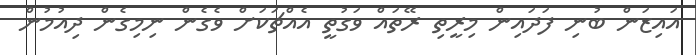
އައިޒަން ބުނި ފަދައިން މިރީތި ރޭތައް ވަގުތީ އެއްޗަކަށް ވެގެން ނިމިގެން ދިއުމުން